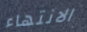
الانتهاء